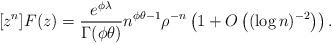
LaTeX: \begin{align*}[z^n]F(z) = \frac{e^{\phi \lambda}}{\Gamma(\phi \theta)}n^{\phi \theta-1} \rho^{-n}\left(1 + O\left((\log n)^{-2}\right)\right).\end{align*}